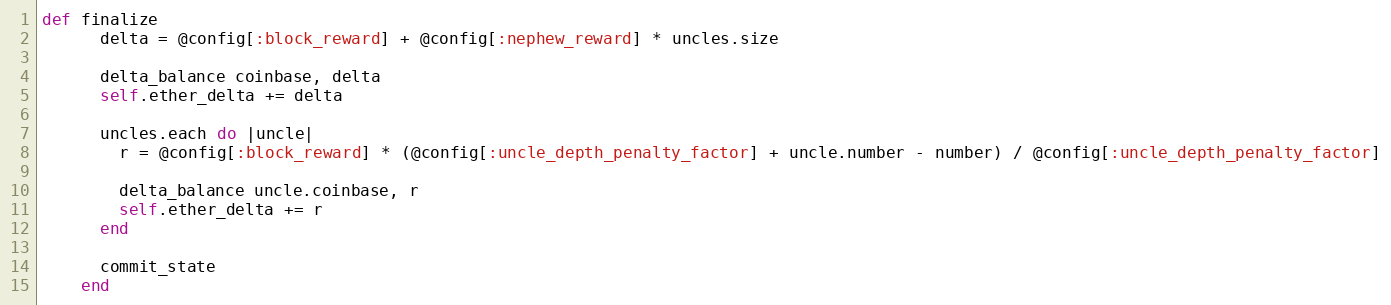
Language: Ruby
def finalize
      delta = @config[:block_reward] + @config[:nephew_reward] * uncles.size

      delta_balance coinbase, delta
      self.ether_delta += delta

      uncles.each do |uncle|
        r = @config[:block_reward] * (@config[:uncle_depth_penalty_factor] + uncle.number - number) / @config[:uncle_depth_penalty_factor]

        delta_balance uncle.coinbase, r
        self.ether_delta += r
      end

      commit_state
    end